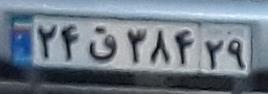
۲۴ق۳۸۴۲۹